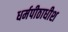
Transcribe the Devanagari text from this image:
धर्मपीठाधीश